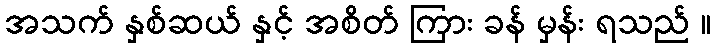
အသက် နှစ်ဆယ် နှင့် အစိတ် ကြား ခန် မှန်း ရသည် ။